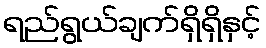
ရည်ရွယ်ချက်ရှိရှိနှင့်